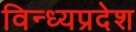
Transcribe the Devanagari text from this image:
विन्ध्यप्रदेश